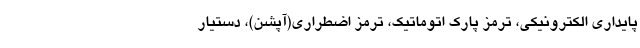
پایداری الکترونیکی، ترمز پارک اتوماتیک، ترمز اضطراری(آپشن)، دستیار